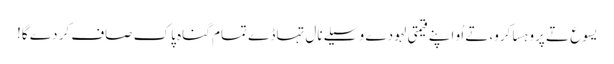
یسوع تے پروہسا کرو، تے اُو اپنے قیمتی لہو دے وسیلے نال تہاڈے تمام گناہ پاک صاف کر دے گا!